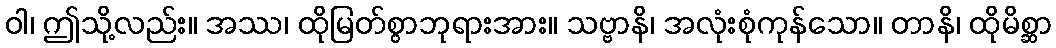
ဝါ၊ ဤသို့လည်း။ အဿ၊ ထိုမြတ်စွာဘုရားအား။ သဗ္ဗာနိ၊ အလုံးစုံကုန်သော။ တာနိ၊ ထိုမိစ္ဆာ